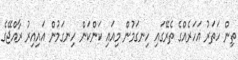
ތިން ހަތަރު އަހަރެއްގެ ތެރޭގައި ހިނގަމުން މިއައި ކަންކަން ހިނގަމުން އައިއިރު ރާއްޖޭގެ